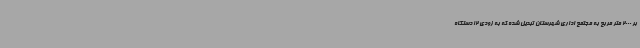
بر 2000 متر مربع به مجتمع اداری شهرستان تبدیل شده که به زودی 12 دستگاه